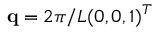
\mathbf { q } = 2 \pi / L ( 0 , 0 , 1 ) ^ { T }